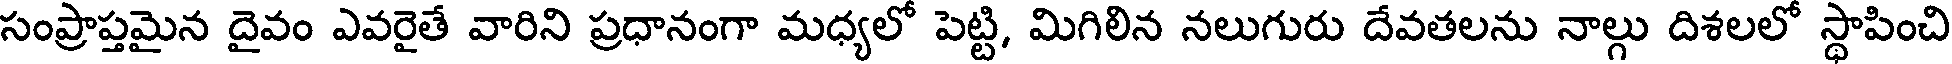
సంప్రాప్తమైన దైవం ఎవరైతే వారిని ప్రధానంగా మధ్యలో పెట్టి, మిగిలిన నలుగురు దేవతలను నాల్గు దిశలలో స్థాపించి